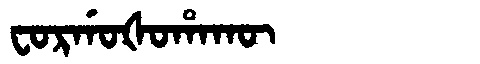
Manchu: ᠸᠣᡵᡤᠣᡧᠣᡥᠠᡴᡡ
Romanization: FORGOŠOHAKŪ